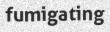
fumigating